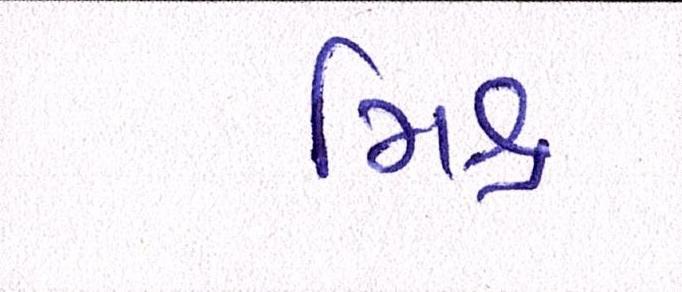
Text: મિશ્ર